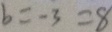
b = - 3 = 8